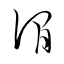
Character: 澗